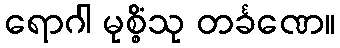
ရောဂါ မုစ္စိံသု တင်္ခဏေ။